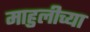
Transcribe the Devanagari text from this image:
माहुलीच्या